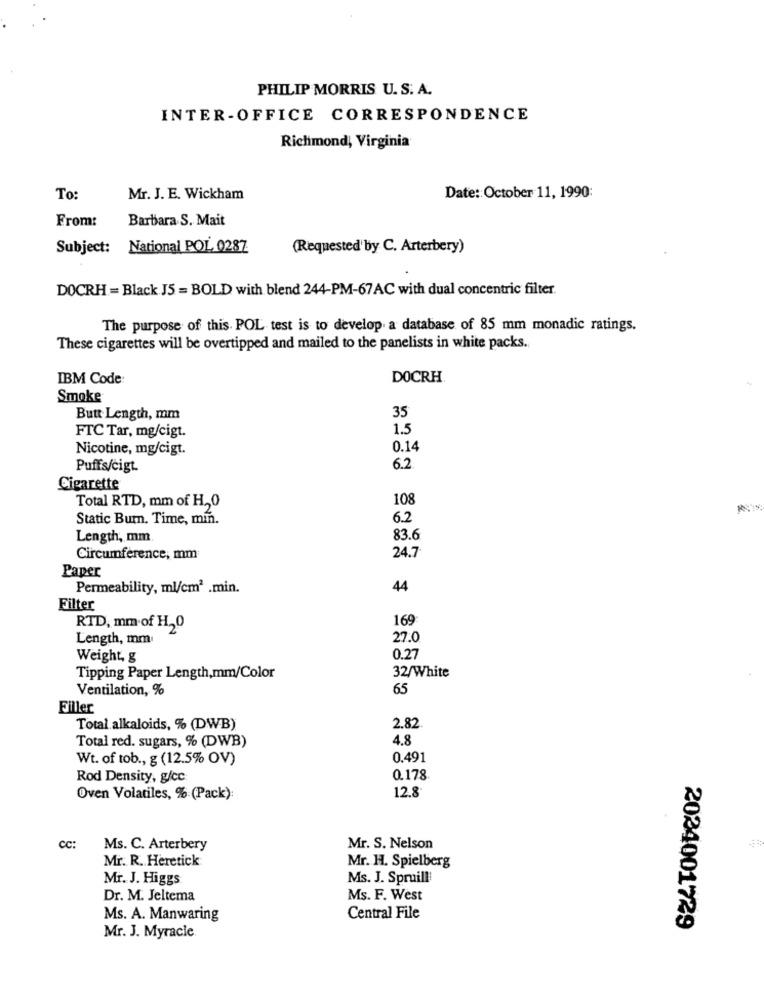
PHILIP MORRIS U. S. A.
INTER-OFFICE CORRESPONDENCE
Richmond, Virginia
To:
Mr. J. E. Wickham
Date: October 11, 1990:
From:
Barbara S. Mait
Subject: National POL 0287
(Requested'by C. Arterbery)
DOCRH = Black J5 = BOLD with blend 244-PM-67AC with dual concentric filter.
The purpose of this. POL test is to develop a database of 85 mm monadic ratings.
These cigarettes will be overtipped and mailed to the panelists in white packs.
IBM Code:
DOCRH
Smoke
35
Butt-Length, mm
1.5
FTC Tar, mg/cigt.
Nicotine, mg/cigt.
0.14
Puffs/cigt.
6.2
Cigarette
108
Total RTD, mm of H ., 0
Static Burn. Time, min.
6.2
Length, mm
83.6
Circumference, mm
24.7
Paper
Permeability, ml/cm2 .min.
44
Filter
169
RTD, mm of H20
Length, mm
27.0
Weight, g
0.27
32/White
Tipping Paper Length,mm/Color
Ventilation, %
65
Filler
Total alkaloids, % (DWB)
2.82
4.8
Total red. sugars, % (DWB)
Wt. of tob ., g (12.5% OV)
0.491
Rod Density, g/cc
0.178
Oven Volatiles, % (Pack):
12.8
cc:
Ms. C. Arterbery
Mr. S. Nelson
Mr. R. Heretick
Mr. H. Spielberg
Mr. J. Higgs
Ms. J. Spruill!
Dr. M. Jeltema
Ms. F. West
Ms. A. Manwaring
Central File
2024001729
Mr. J. Myracle